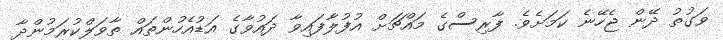
ވަގުތު ދޭން ޖެހޭނެ ކަމަށެވެ. ފާރިސްގެ މައްޗަށް އުފުލާފައިވާ ދައުވާގެ އަޑުއެހުންތައް ތާވަލްކުރަމުންދާ